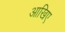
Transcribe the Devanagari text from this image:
आखिए